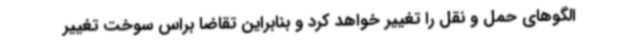
الگوهای حمل و نقل را تغییر خواهد کرد و بنابراین تقاضا براس سوخت تغییر